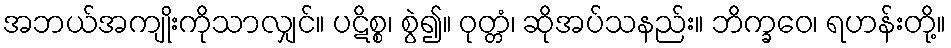
အဘယ်အကျိုးကိုသာလျှင်။ ပဋိစ္စ၊ စွဲ၍။ ဝုတ္တံ၊ ဆိုအပ်သနည်း။ ဘိက္ခဝေ၊ ရဟန်းတို့။